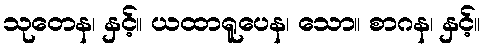
သုတေန၊ နှင့်။ ယထာရူပေန၊ သော။ စာဂန၊ နှင့်။